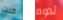
كنت تدوم